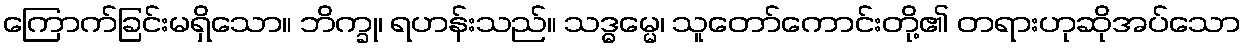
ကြောက်ခြင်းမရှိသော။ ဘိက္ခု၊ ရဟန်းသည်။ သဒ္ဓမ္မေ၊ သူတော်ကောင်းတို့၏ တရားဟုဆိုအပ်သော